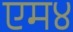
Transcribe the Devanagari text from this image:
एम४